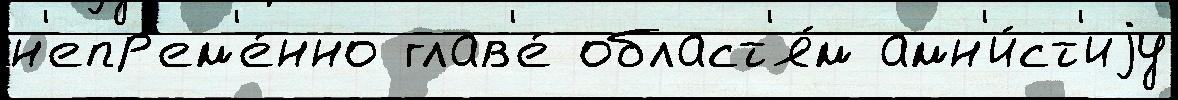
н'епр'ем'е́нно глав'е́ област'я́м амн'и́ст'иjу